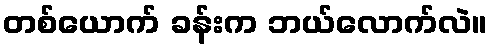
တစ်ယောက် ခန်းက ဘယ်လောက်လဲ။